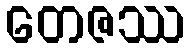
တေဇဿ